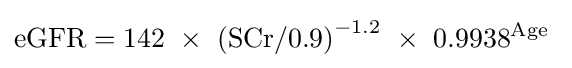
\mathrm {eGFR} =142\ \times \ \mathrm {(SCr/0.9)} ^{-1.2}\ \times \ 0.9938^{\text{Age}}\